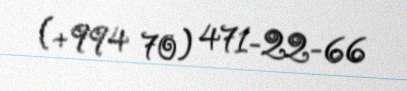
(+994 70) 471-22-66